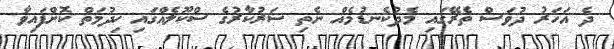
ދެ އަހަރު ދުވަސް ތެރޭގައި މެދުކެނޑުމެއް ނެތި ސަރުކާރުގެ ސްކޫލެއްގައި ޚިދުމަތް ކޮށްފައިވާ